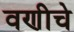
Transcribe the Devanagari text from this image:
वणीचे